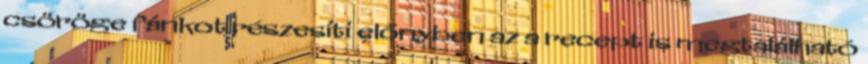
csöröge fánkot részesíti előnyben az a recept is megtalálható